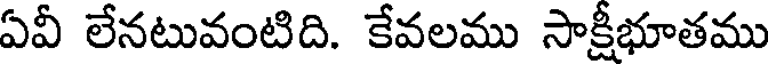
ఏవీ లేనటువంటిది. కేవలము సాక్షీభూతము